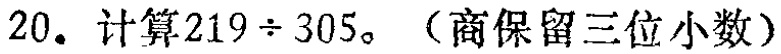
20. 计算$219\div 305$。（商保留三位小数）